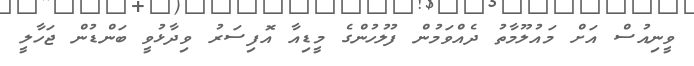
ވީނިއުސް އަށް މައުލޫމާތު ދެއްވަމުން ފުލުހުންގެ މީޑިއާ އޮފިސަރު ވިދާޅުވީ ބަންޑުން ޖަހާލީ